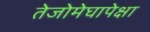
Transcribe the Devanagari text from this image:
तेजोमेघापेक्षा